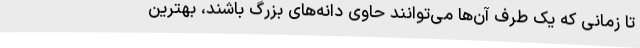
تا زمانی که یک طرف آن‌ها می‌توانند حاوی دانه‌های بزرگ باشند، بهترین